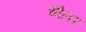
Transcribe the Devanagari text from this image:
चौलर